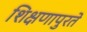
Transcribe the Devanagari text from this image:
शिक्षणापुरते